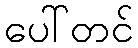
ပေါ်တင်